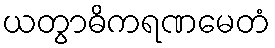
ယတွာဓိကရဏမေတံ